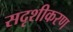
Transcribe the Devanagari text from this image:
सदृशीकरण